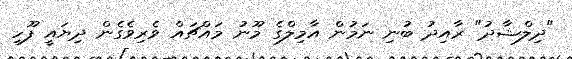
"ދިލްޝާދު" ރާއިދު ބުނި ނަމުން އާމިލްގެ މޫނު މަައްޗައް ވެރިވެގެން ދިޔައީ ފޫހި